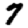
Digit: 7